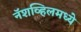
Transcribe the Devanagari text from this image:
नॅशव्हिलमध्ये